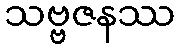
သဗ္ဗဇနဿ